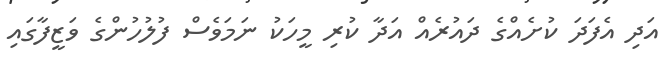
އަދި އެފަދަ ކުށެއްގެ ދައުރެއް އަދާ ކުރި މީހަކު ނަމަވެސް ފުލުހުންގެ ވަޒީފާގައި